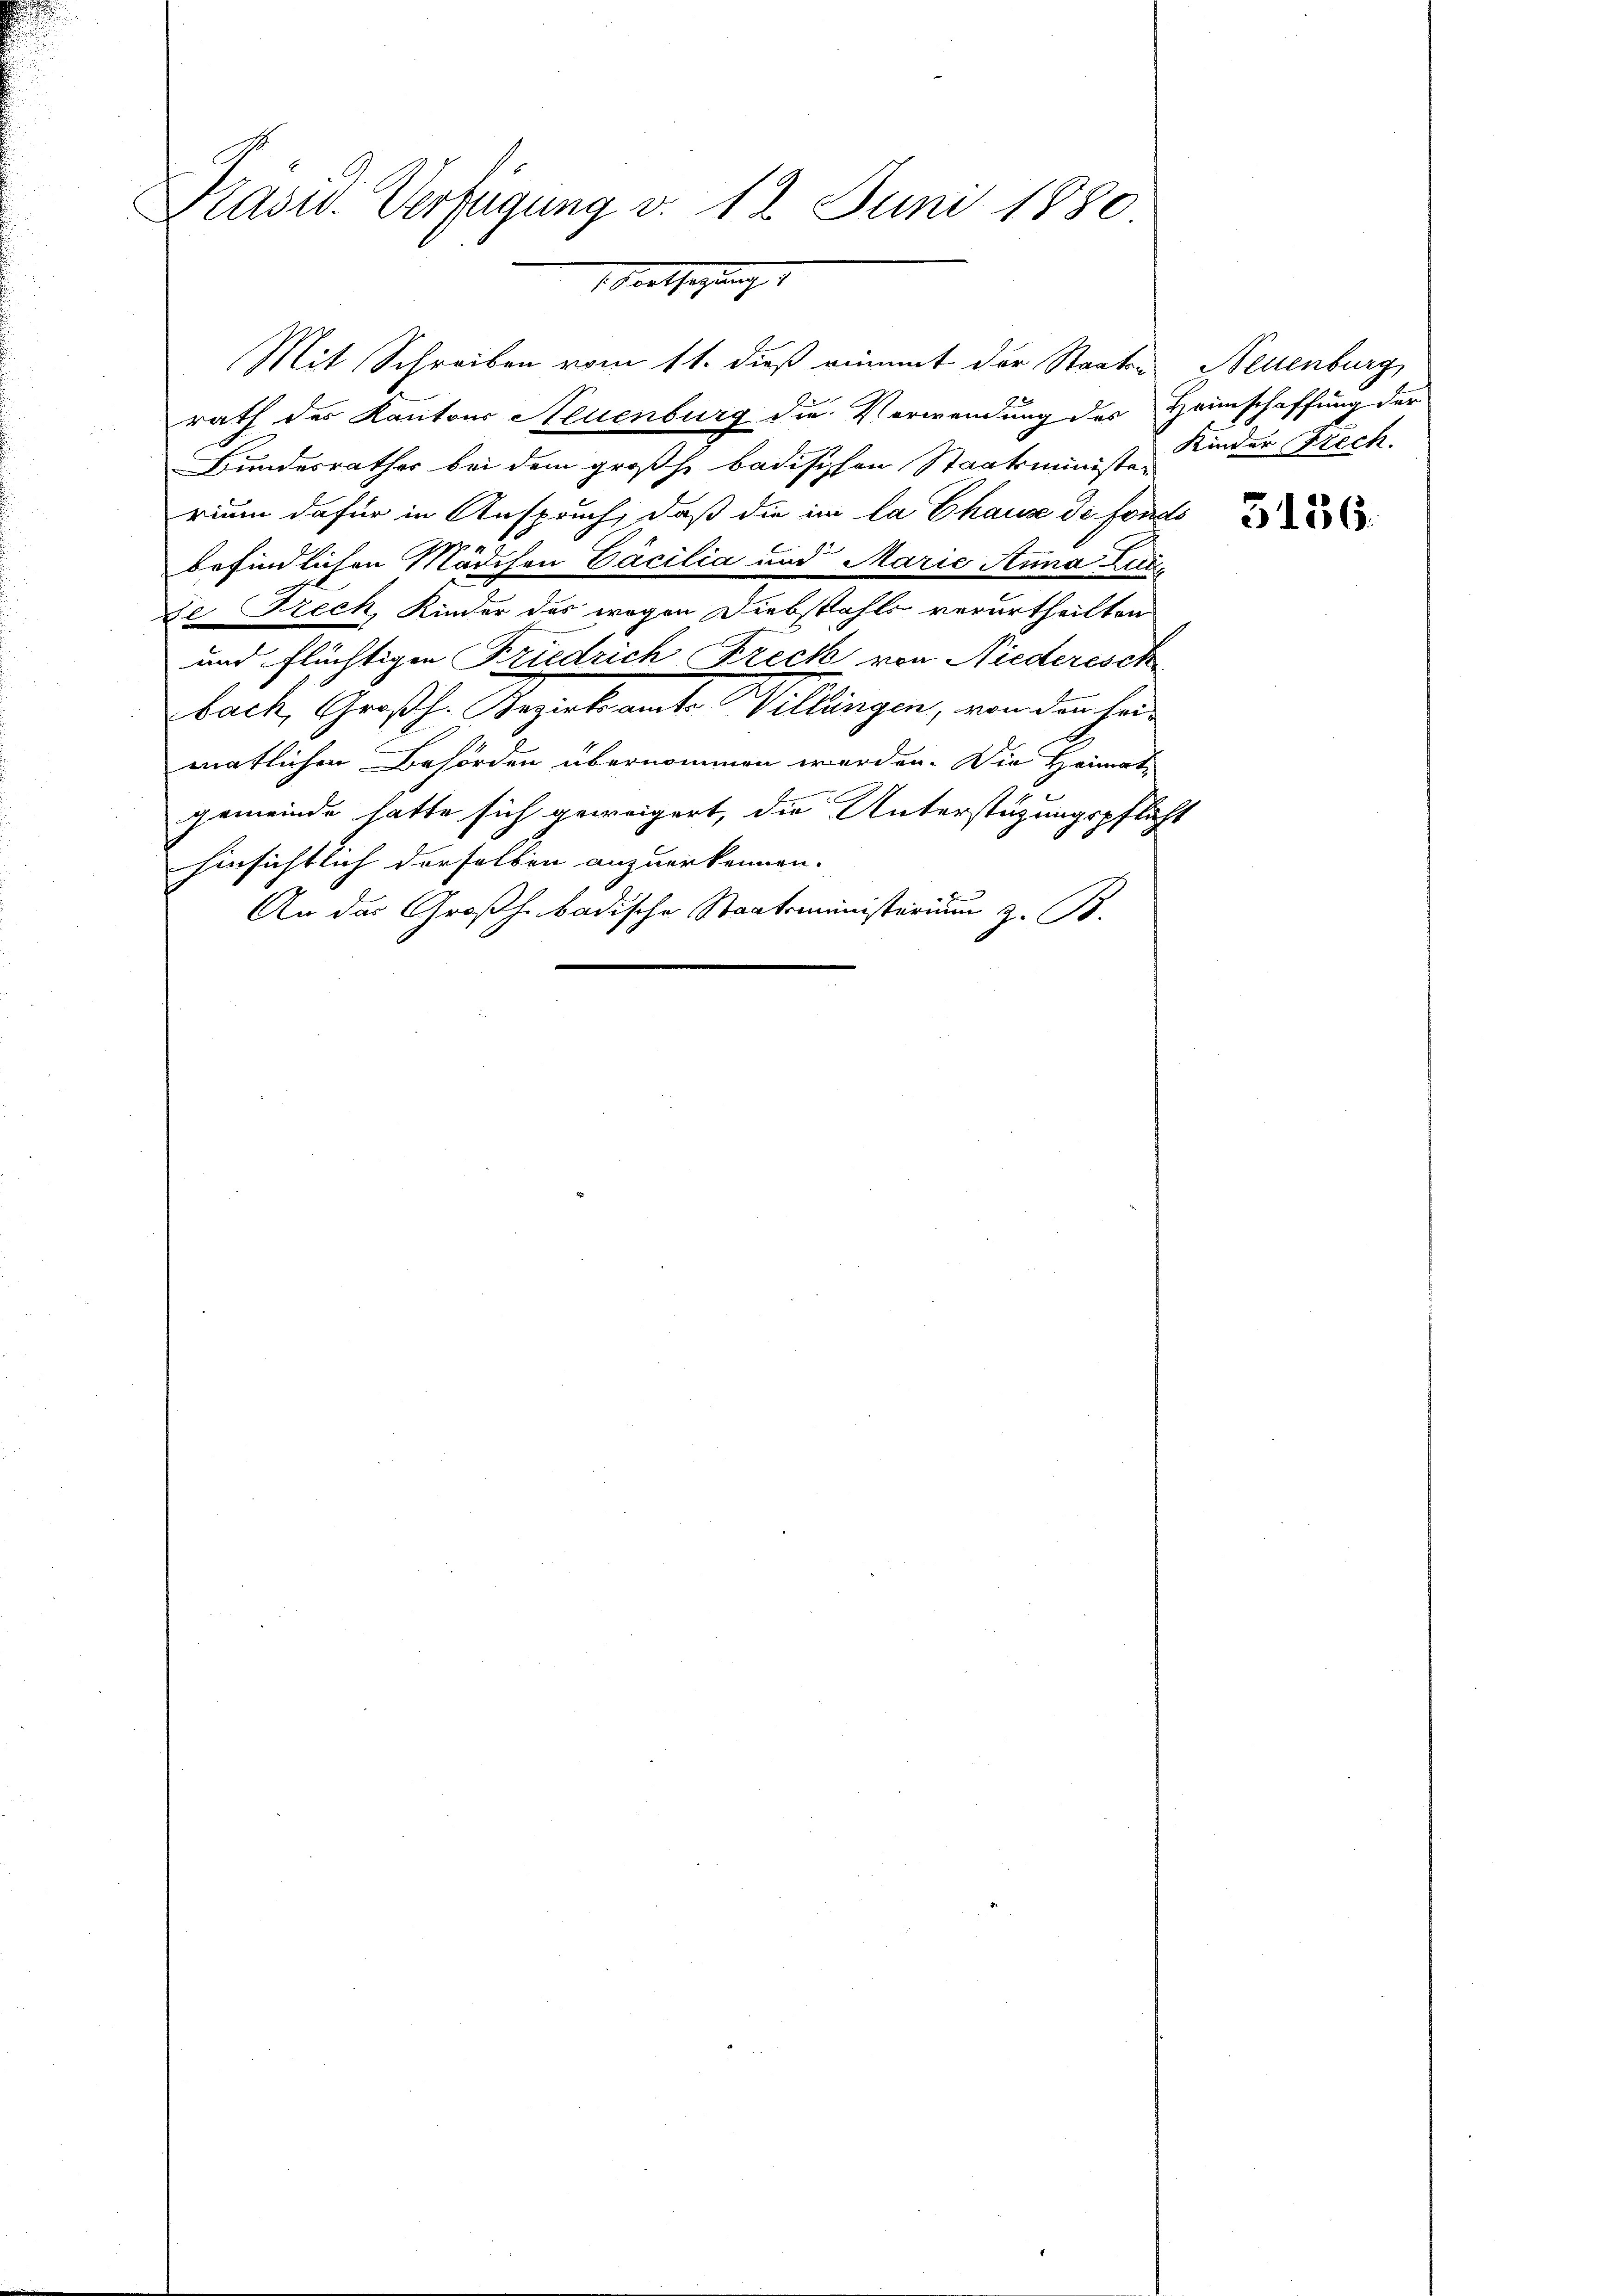
Mit Schreiben vom 11. dieß nimmt der Staaten Neuenburg,
rath des Kantons Neuenburg die Verwendung des Heimschaffung der
Bundesrathes bei dem großh. badischen Staatsministe Kinder Frech
rium dafür in Anspruch, daß die im la Chaus de fonds
befindlichen Mädchen Cäcilia und Marie Anna Late
de Frech, Kinder des wegen Diebstahls verurtheilten
und flüchtigen Friedrich Breck von Niederisch
bach, Großh. Bezirksamts Villingen, von den hei-
matlichen Behörden übernommen werden. Die Heimatgemeinde hatte sich geweigert, die Unterstüzungspflicht
hinsichtlich derselben anzuerkennen.
An das Großh. badische Staatsministerium z. B.

Präsid. Verfügung v. 12. Juni 1880
 Southazung

3156.